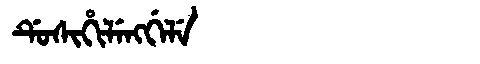
Manchu: ᡩᡠᠰᡳᡥᡳᠯᡝᠩᡤᡝᠯᡝ
Romanization: DUSIHILENGGELE